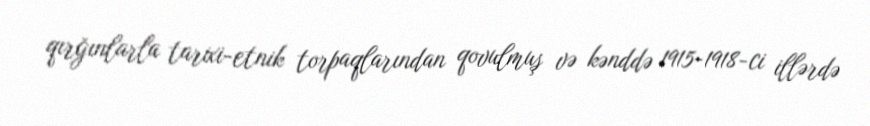
qırğınlarla tarixi-etnik torpaqlarından qovulmuş və kənddə 1915-1918-ci illərdə